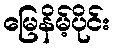
မြေနိမ့်ပိုင်း